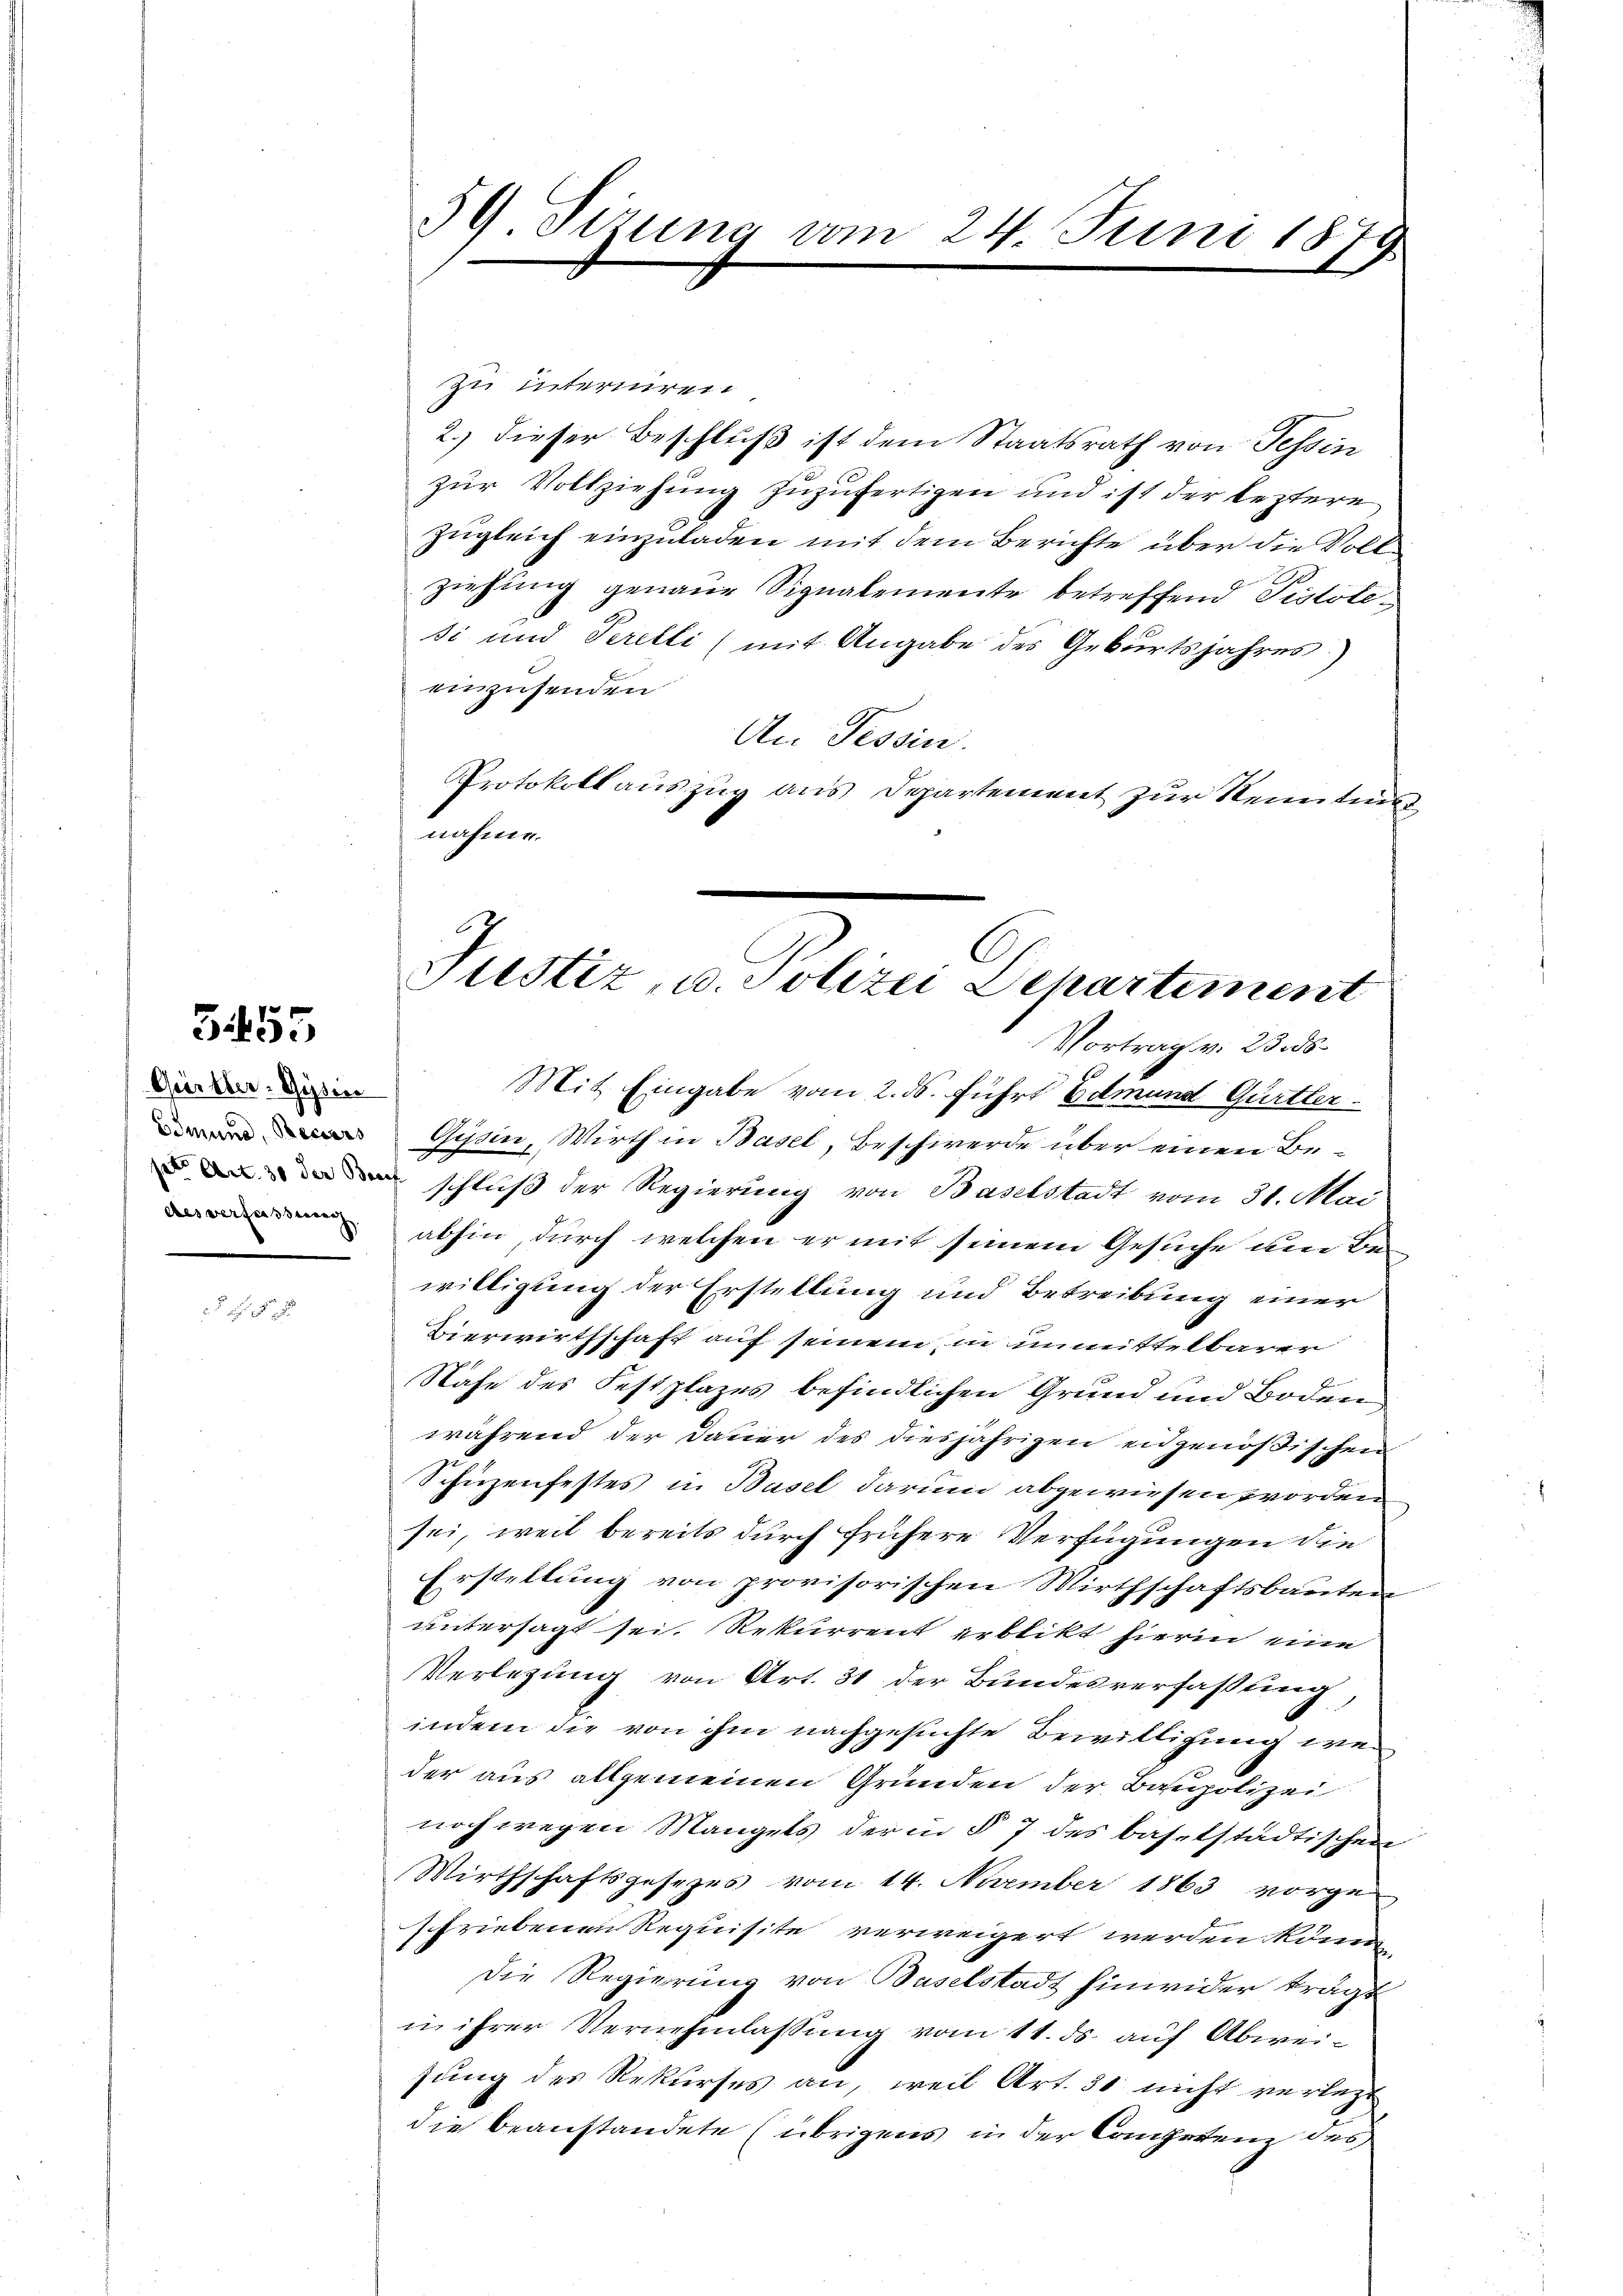
355

Gürtler-Gysin

a 5

39. Sizung am 24. Juni 1879

zu interniren
2.) dieser Beschluß ist dem Staatsrath von Tessin
zur Vollziehung zuzufertigen und ist der leztere
zugleich einzuladen mit dem Berichte über die Vollziehung genaue Signalemente betreffend Pistotesi und Perelli (mit Angabe des Geburtsjahres
einzusenden
An Tessin.
Protokoll auszug aus Departement zur Nein tuer
nahme

Justiz, u. Polizei Dehartement
Vortrag v. 23. ds.

Mit Eingabe vom 2. ds. führt Edmund Gurtler
 Gypsin, Wirth in Basel, Beschwerde über einen Be¬
 schluß der Regierung von Baselstadt vom 31. Mai
 abhin, durch welchen er mit seinem Gesuche den Bewilligung der Erstellung und Betreibung einer
Bierwirthschaft auf seinem in unmittelbarer
Nafe des Festplazes befindlichen Grund und Boden
während der Dauer des diesjährigen eidgenößischen
Schüzenfestes in Basel darum abgewiesen worden
sei, weil bereits durch frühere Verfügungen die
Erstellung von provisorischen Wirthschaftsbauten
untersagt sei. Rekurrent erblikt hierin eine
Verlegung von Art. 31 der Bundesverfassung
indem die von ihm nachgesuchte Bewilligung we
der aus allgemeinen Gründen der Baupolizei
noch wegen Mangels der in § 7 des baselstädtischen
Wirthschaftsgesezes vom 14. November 1863 vorge
schriebenen Requisite verweigert werden könne
Die Regierung von Baselstadt hinwider trägt
i ihrer Vernehmlassung vom 11. ds. auf Abweisung des Rekurses an, weil Art. 31 nicht verlegt
die beanstandete (übrigens in der Competenz des